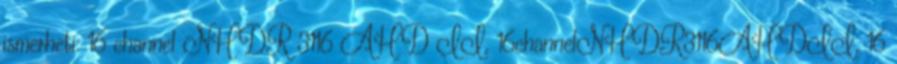
ismerheti: 16 channel NHDR 3116 AHD II, 16channelNHDR3116AHDII, 16